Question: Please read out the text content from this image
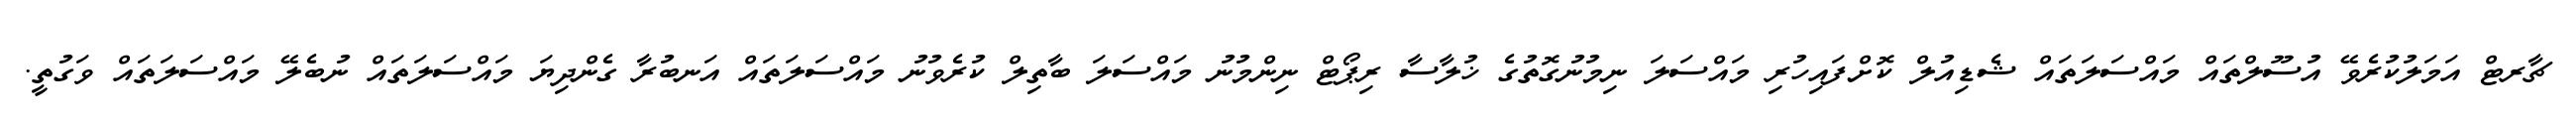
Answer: ޗާރޓް އަމަލުކުރެވޭ އުސޫލްތައް މައްސަލަތައް ޝެޑިއުލް ކޮށްފައިހުރި މައްސަލަ ނިމުނުގޮތުގެ ޚުލާސާ ރިޕޯޓް ނިންމުނު މައްސަލަ ބާތިލް ކުރެވުނު މައްސަލަތައް އަނބުރާ ގެންދިޔަ މައްސަލަތައް ނުބެލޭ މައްސަލަތައް ވަގުތީ.